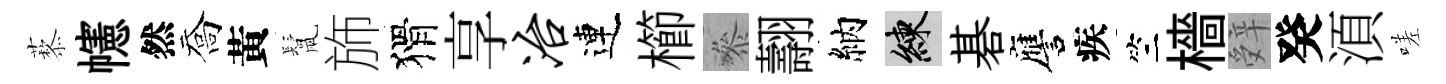
藜幰然喬黃鬛斾猾享冶連櫛叅翿納練碁譍疾竺檣辤癸湏嗟